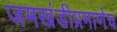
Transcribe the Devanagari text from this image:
जमखंडीप्रमाणेच